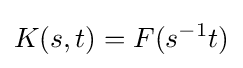
K(s,t)=F(s^{-1}t)